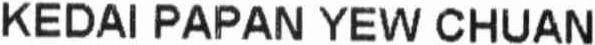
KEDAI PAPAN YEW CHUAN